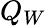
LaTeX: Q_{W}